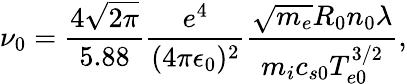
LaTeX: \nu_{0}=\frac{4\sqrt{2\pi}}{5.88}\frac{e^{4}}{(4\pi\epsilon_{0})^{2}}\frac{\sqrt{m_{e}}R_{0}n_{0}\lambda}{m_{i}c_{s0}T_{e0}^{3/2}},